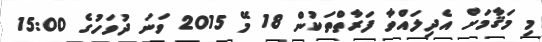
މި މަޤާމަށް އެދިލައްވާ ފަރާތްތަކުން 18 މޭ 2015 ވަނަ ދުވަހުގެ 15:00